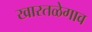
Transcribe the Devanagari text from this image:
खारतळेगाव